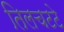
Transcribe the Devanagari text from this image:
तिलचटटे